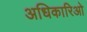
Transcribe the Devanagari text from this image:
अधिकारिओ